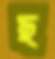
ছ